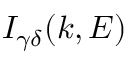
I _ { \gamma \delta } ( k , E )